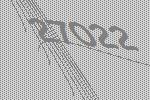
27022